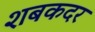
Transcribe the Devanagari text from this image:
शबकदर